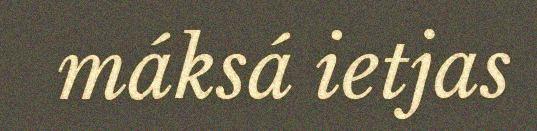
máksá ietjas